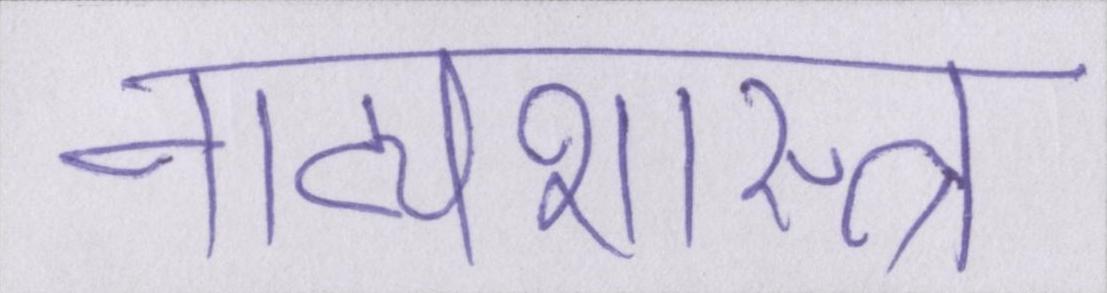
नाट्यशास्त्र